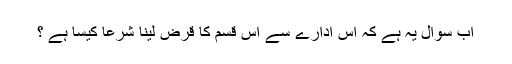
اب سوال یہ ہے کہ اس ادارے سے اس قسم کا قرض لینا شرعاً کیسا ہے ؟